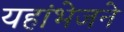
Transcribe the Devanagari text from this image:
यहांभेजने